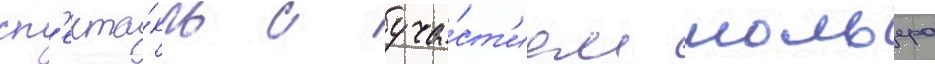
сп'екта́кль с уча́ст'ием мольера